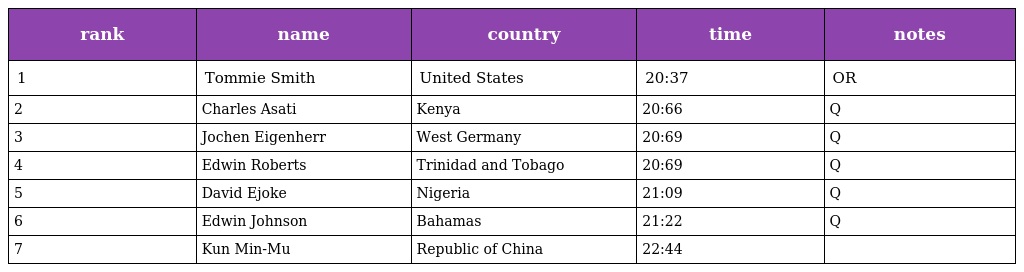
| rank | name | country | time | notes |
 | --- | --- | --- | --- | --- |
 | 1 | Tommie Smith | United States | 20:37 | OR |
 | 2 | Charles Asati | Kenya | 20:66 | Q |
 | 3 | Jochen Eigenherr | West Germany | 20:69 | Q |
 | 4 | Edwin Roberts | Trinidad and Tobago | 20:69 | Q |
 | 5 | David Ejoke | Nigeria | 21:09 | Q |
 | 6 | Edwin Johnson | Bahamas | 21:22 | Q |
 | 7 | Kun Min-Mu | Republic of China | 22:44 |  |